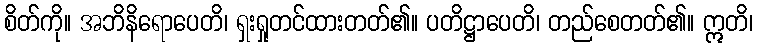
စိတ်ကို။ အဘိနိရောပေတိ၊ ရှးရှုတင်ထားတတ်၏။ ပတိဋ္ဌာပေတိ၊ တည်စေတတ်၏။ ဣတိ၊